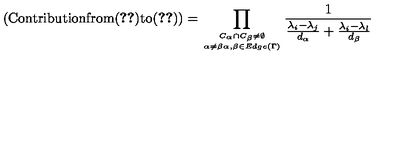
( \mathrm { C o n t r i b u t i o n f r o m ( \ref { 4 3 } ) t o ( \ref { 3 4 } ) } ) = \prod _ { { C _ { \alpha } \cap C _ { \beta } \neq \emptyset } \atop { \alpha \neq \beta \alpha , \beta \in E d g e ( \Gamma ) } } \frac { 1 } { \frac { \lambda _ { i } - \lambda _ { j } } { d _ { \alpha } } + \frac { \lambda _ { i } - \lambda _ { l } } { d _ { \beta } } }